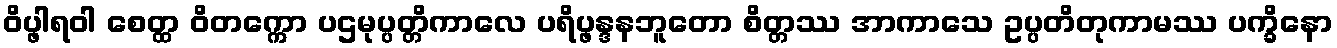
ဝိပ္ဖါရဝါ စေတ္ထ ဝိတက္ကော ပဌမုပ္ပတ္တိကာလေ ပရိပ္ဖန္ဒနဘူတော စိတ္တဿ အာကာသေ ဥပ္ပတိတုကာမဿ ပက္ခိနော